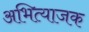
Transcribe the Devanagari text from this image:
अभित्याजक